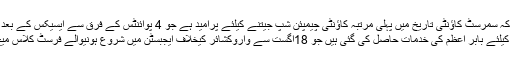
واضح رہے کہ سمرسٹ کاؤنٹی تاریخ میں پہلی مرتبہ کاؤنٹی چیمپئن شپ جیتنے کیلئے پرامید ہے جو 4 پوائنٹس کے فرق سے ایسیکس کے بعد دوسرے نمبر پر فائز ہے
اور توقعات کو بلند کرنے کیلئے بابر اعظم کی خدمات حاصل کی گئی ہیں جو 18اگست سے واروکشائر کیخلاف ایجبسٹن میں شروع ہونیوالے فرسٹ کلاس میچ کیلئے دستیاب ہوں گے۔